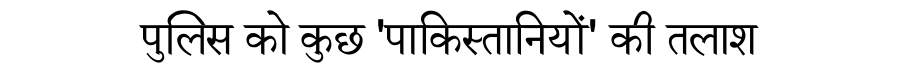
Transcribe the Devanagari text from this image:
पुलिस को कुछ 'पाकिस्तानियों' की तलाश